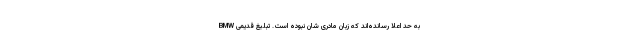
به حد اعلا رسانده‌اند که زبان مادری شان نبوده است. تبلیغ قدیمی BMW